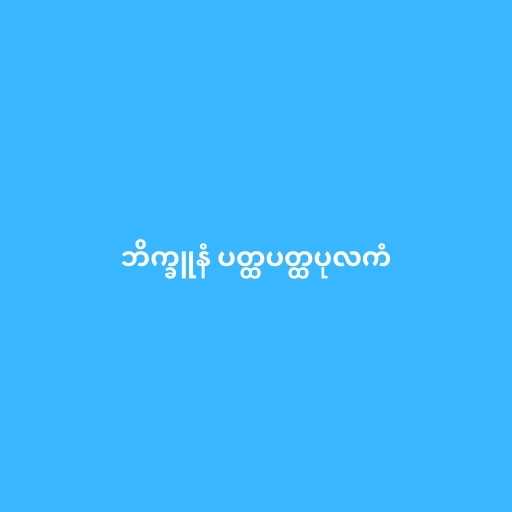
ဘိက္ခူနံ ပတ္ထပတ္ထပုလကံ